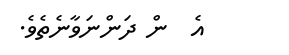
އެ  ން ދަންނަވާނެތެވެ.